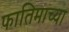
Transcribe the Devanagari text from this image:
फातिमाच्या